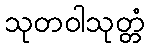
သုတဝါသုတ္တံ